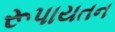
રૂપાયતન